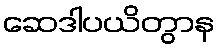
ဆေဒါပယိတွာန